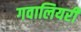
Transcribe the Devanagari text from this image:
गवालियरी